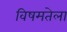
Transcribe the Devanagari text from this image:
विषमतेला